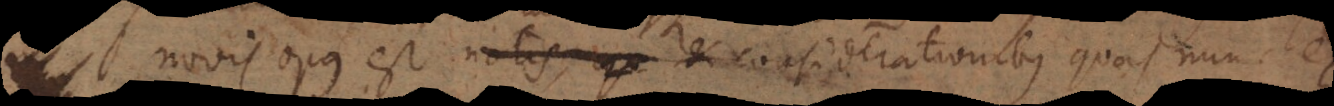
novis opus est notis, qu considerationibus quas nunc